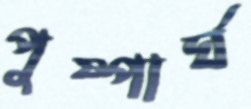
পুষ্পার্ঘ